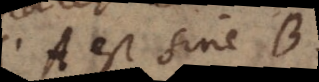
A est sine B,